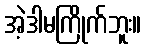
အဲ့ဒါမကြိုက်ဘူး။